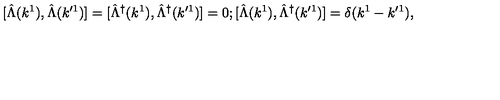
\mathrm { [ } \hat { \Lambda } ( k ^ { 1 } ) , \hat { \Lambda } ( k ^ { \prime 1 } ) ] = [ \hat { \Lambda } ^ { \dagger } ( k ^ { 1 } ) , \hat { \Lambda } ^ { \dagger } ( k ^ { \prime 1 } ) ] = 0 ; [ \hat { \Lambda } ( k ^ { 1 } ) , \hat { \Lambda } ^ { \dagger } ( k ^ { \prime 1 } ) ] = \delta ( k ^ { 1 } - k ^ { \prime 1 } ) ,